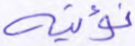
نؤتيه